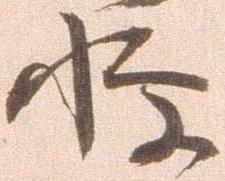
憚